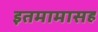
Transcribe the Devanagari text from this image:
इतमामासह